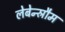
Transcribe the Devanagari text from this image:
लेबेन्स्रौम